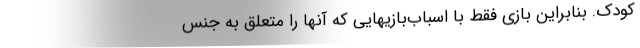
کودک. بنابراین بازی فقط با اسباب‌بازیهایی که آنها را متعلق به جنس